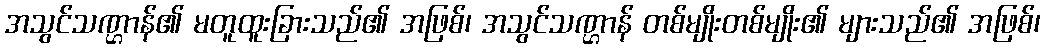
အသွင်သဏ္ဌာန်၏ မတူထူးခြားသည်၏ အဖြစ်၊ အသွင်သဏ္ဌာန် တစ်မျိုးတစ်မျိုး၏ များသည်၏ အဖြစ်၊